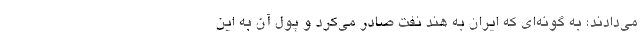
می‌دادند؛ به گونه‌ای که ایران به هند نفت صادر می‌کرد و پول آن به این